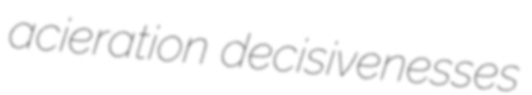
acieration decisivenesses